Lunatic asylums in Bengal annual reports 1888-1898 - 1888-1898
Year: 1888
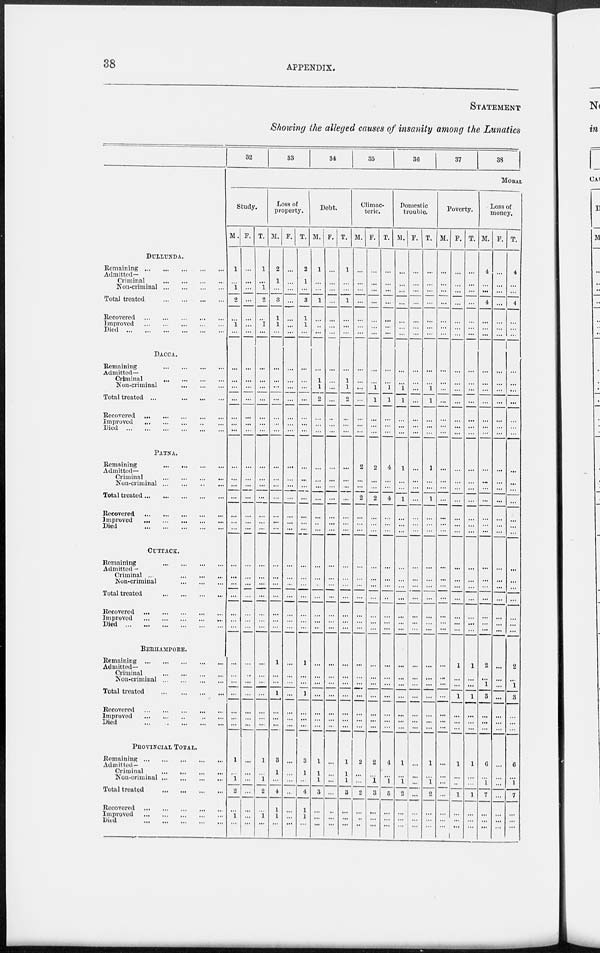
38
APPENDIX.
STATEMENT
Showing the alleged causes of insanity among the Lunatics
DULLUNDA.
Remaining
...
...
...
...
...
Admitted-
Criminal
...
...
...
...
Non-criminal
...
...
...
...
Total treated
...
...
...
...
Recovered ... ... ... ... ...
Improved
...
...
...
...
...
Died
...
...
...
...
...
DACCA.
Remaining
...
...
...
...
Admitted-
Criminal
...
...
...
...
Non-criminal
...
...
...
Total treated
...
...
...
...
Recovered
...
...
...
...
...
Improved
...
...
...
...
...
Died ... ... ... ... ... ... ...
PATNA.
Remaining
...
...
...
...
Admitted-
Criminal
...
...
...
...
Non-criminal
...
...
...
...
Total treated
...
...
...
...
...
Recovered
...
...
...
...
...
Improved
...
...
...
...
...
Died
...
...
...
...
...
CUTTACK.
Remaining
...
...
...
...
Admitted -
Criminal
...
...
...
Non-criminal
...
...
...
Total treated
...
...
...
...
Recovered
...
...
...
...
...
Improved ... ... ... ... ...
Died
...
...
...
...
...
BERHAMPORE.
Remaining
...
...
...
...
...
Admitted—
Criminal
...
...
...
...
...
Non-criminal
...
...
...
...
Total treated
...
...
...
...
Recovered
...
...
...
...
...
Improved
...
...
...
...
...
Died
...
...
...
...
...
PROVINCIAL TOTAL.
Remaining
...
...
...
...
...
Admitted —
Criminal
...
...
...
...
Non-criminal
...
...
...
...
Total treated
...
...
...
...
Recovered
...
...
...
...
...
Improved ... ... ... ... ...
Died
...
...
...
...
...
32
Study.
M.
1
...
1
2
...
1
...
...
...
...
...
...
...
...
...
...
...
...
...
...
...
...
...
...
...
...
...
...
...
...
...
...
...
...
1
...
1
...
...
1
...
F.
...
...
...
...
...
...
...
...
...
...
...
...
...
...
...
...
...
...
...
...
...
...
...
...
...
...
...
...
...
...
...
...
...
...
...
...
...
...
...
...
...
T.
1
...
1
2
...
1
...
...
...
...
...
...
...
...
...
...
...
...
...
...
...
...
...
...
...
...
...
...
...
...
...
...
...
...
1
...
1
2
...
1
...
33
34
Loss of
property.
M.
2
1
...
3
1
1
...
...
...
...
...
...
...
...
...
...
...
...
...
...
...
...
...
...
...
...
...
1
...
...
1
...
...
...
3
1
...
4
1
1
...
F.
...
...
...
...
...
...
...
...
...
...
...
...
...
...
...
...
...
...
...
...
...
...
...
...
...
...
...
...
...
...
...
...
...
...
...
...
...
...
...
...
T.
2
1
...
3
1
1
...
...
...
...
...
...
...
...
...
...
...
...
...
...
...
...
...
...
...
...
1
...
...
1
...
...
...
3
1
...
4
1
1
...
35
36
37
33
MODAL
Debt.
M.
1
...
...
1
..
...
...
1
1
2
...
...
...
...
...
...
...
...
...
...
...
...
...
...
...
...
...
...
...
...
...
...
...
1
1
1
3
...
...
...
F.
...
...
...
...
...
...
...
...
...
...
...
...
...
...
...
...
...
...
...
...
...
...
...
...
...
...
...
...
...
...
...
...
...
...
...
...
...
...
...
...
...
P.
1
...
...
1
...
...
...
...
1
1
2
...
...
...
...
...
...
...
...
...
...
...
...
...
...
...
...
...
...
...
...
...
...
1
1
1
3
...
...
...
Climac-
teric.
M.
...
...
...
...
...
...
...
...
...
...
...
...
...
...
2
...
...
2
...
...
...
...
...
...
...
...
...
...
...
...
...
...
...
...
2
...
...
...
...
...
...
F.
...
...
...
...
...
...
...
...
1
1
...
...
...
2
...
2
...
...
...
...
...
...
...
...
...
...
...
...
...
...
...
...
2
...
1
3
...
...
...
T.
...
...
...
...
...
...
...
...
...
1
1
...
...
...
4
...
4
...
...
...
...
...
...
...
...
...
...
...
...
...
...
...
...
4
...
1
6
...
...
...
Domestic
trouble.
M.
...
...
...
...
...
...
...
...
...
1
1
...
...
...
1
...
...
1
...
...
...
...
...
...
...
...
...
...
...
...
...
...
...
...
1
...
1
2
...
...
...
F.
...
...
...
...
...
...
...
...
...
...
...
...
...
...
...
...
...
...
...
...
...
...
...
...
...
...
...
...
...
...
...
...
...
...
...
...
...
...
...
...
...
T.
...
...
...
...
...
...
...
...
1
1
...
...
...
1
...
...
1
...
...
...
...
...
...
...
...
...
...
...
...
...
...
...
...
1
...
1
2
...
....
...
Poverty.
M.
...
...
...
...
...
...
...
...
...
...
...
...
...
...
...
...
...
...
...
...
...
...
...
...
...
...
...
...
...
...
...
...
...
...
...
...
...
...
...
...
...
F.
...
...
...
...
...
...
...
...
...
...
...
...
...
...
...
...
...
...
...
...
...
...
...
...
...
...
...
1
...
...
1
...
...
...
1
...
..
1
...
...
...
T.
...
...
...
...
...
...
...
...
...
...
...
...
...
...
...
...
...
...
...
...
...
...
...
...
...
...
1
...
...
1
...
...
...
1
...
...
1
...
...
...
Loss of
money.
M.
4
...
...
4
...
...
...
...
...
...
...
...
...
...
...
...
...
...
...
...
...
...
...
...
...
...
...
2
...
1
3
...
...
...
6
...
1
7
...
...
...
P.
...
...
...
...
...
...
...
...
...
...
...
...
...
...
...
...
...
...
...
...
...
...
...
...
...
...
...
...
...
...
...
...
...
...
...
...
...
...
...
...
...
T.
4
...
...
4
...
...
...
...
...
...
...
...
...
...
...
...
...
...
...
...
...
...
...
...
...
...
...
2
...
1
3
...
...
...
6
...
1
7
...
...
...